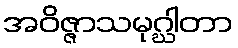
အဝိဇ္ဇာသမုဂ္ဃါတာ